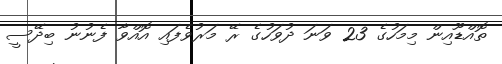
ތޮއްޑޫއިން މިމަހުގެ 23 ވަނަ ދުވަހުގެ ރޭ މަރުވެފައި އޮއްވާ ފެނުނު ބިދޭސީ